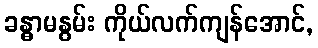
ခန္ဓာမနွမ်း ကိုယ်လက်ကျန်အောင်,